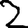
Digit: 2